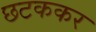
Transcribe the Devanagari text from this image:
छटककर